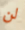
لن